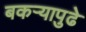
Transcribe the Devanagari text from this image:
बकऱ्यापुढे